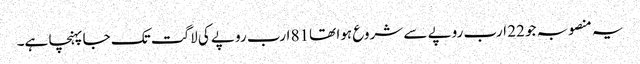
یہ منصوبہ جو 22 ارب روپے سے شروع ہوا تھا81 ارب روپے کی لاگت تک جا پہنچا ہے۔